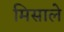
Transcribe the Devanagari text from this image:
मिसाले